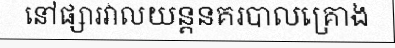
នៅផ្សារវាលយន្តនគរបាលគ្រោង